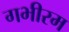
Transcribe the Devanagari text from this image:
गभीरम